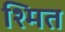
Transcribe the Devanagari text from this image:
श्मित